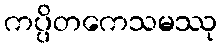
ကပ္ပိတကေသမဿု